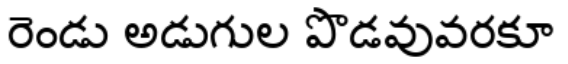
రెండు అడుగుల పొడవువరకూ